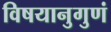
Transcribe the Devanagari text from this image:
विषयानुगुणं